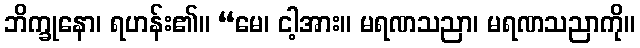
ဘိက္ခုနော၊ ရဟန်း၏။ “မေ၊ ငါ့အား။ မရဏသညာ၊ မရဏသညာကို။